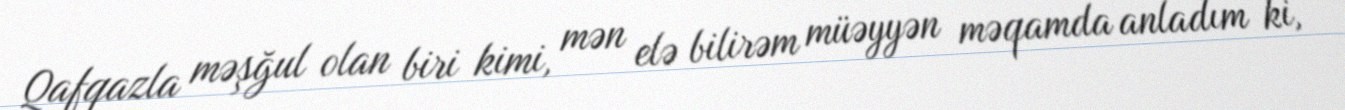
Qafqazla məşğul olan biri kimi, mən elə bilirəm müəyyən məqamda anladım ki,